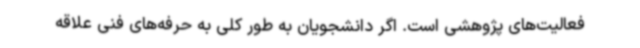
فعالیت‌های پژوهشی است. اگر دانشجویان به طور کلی به حرفه‌های فنی علاقه